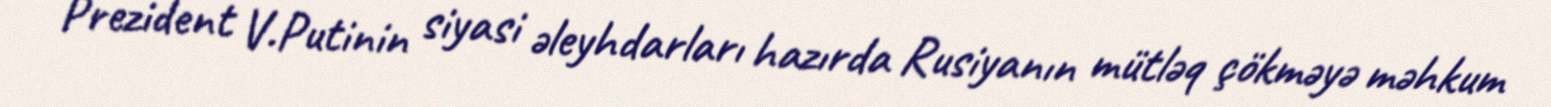
Prezident V.Putinin siyasi əleyhdarları hazırda Rusiyanın mütləq çökməyə məhkum